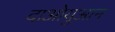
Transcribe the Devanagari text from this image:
दाओयुआन